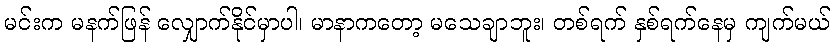
မင်းက မနက်ဖြန် လျှောက်နိုင်မှာပါ၊ မာနာကတော့ မသေချာဘူး၊ တစ်ရက် နှစ်ရက်နေမှ ကျက်မယ်